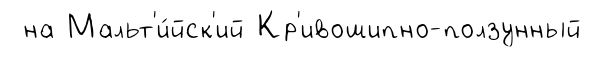
на Мальт'и́йск'ий Кр'ивошипно-ползунный